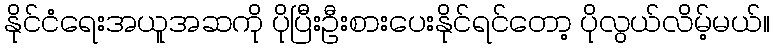
နိုင်ငံရေးအယူအဆကို ပိုပြီးဦးစားပေးနိုင်ရင်တော့ ပိုလွယ်လိမ့်မယ်။